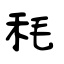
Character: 秏